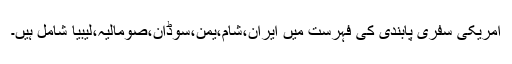
امریکی سفری پابندی کی فہرست میں ایران،شام،یمن،سوڈان،صومالیہ،لیبیا شامل ہیں۔